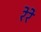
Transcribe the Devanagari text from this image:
रेरे